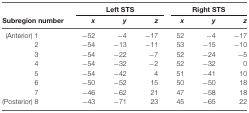
|  | <COLSPAN=3> Left STS | <COLSPAN=3> Right STS |
 | Subregion number | x | y | z | x | y | z |
 | --- | --- | --- | --- | --- | --- | --- |
 | (Anterior) 1 | −52 | −4 | −17 | 52 | −4 | −17 |
 | 2 | −54 | −13 | −11 | 53 | −15 | −10 |
 | 3 | −54 | −22 | −7 | 52 | −24 | −5 |
 | 4 | −54 | −32 | −2 | 52 | −32 | 0 |
 | 5 | −54 | −42 | 4 | 51 | −41 | 10 |
 | 6 | −50 | −52 | 15 | 50 | −50 | 18 |
 | 7 | −46 | −62 | 21 | 47 | −58 | 18 |
 | (Posterior) 8 | −43 | −71 | 23 | 45 | −65 | 22 |